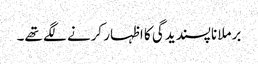
برملا ناپسندیدگی کا اظہار کرنے لگے تھے۔